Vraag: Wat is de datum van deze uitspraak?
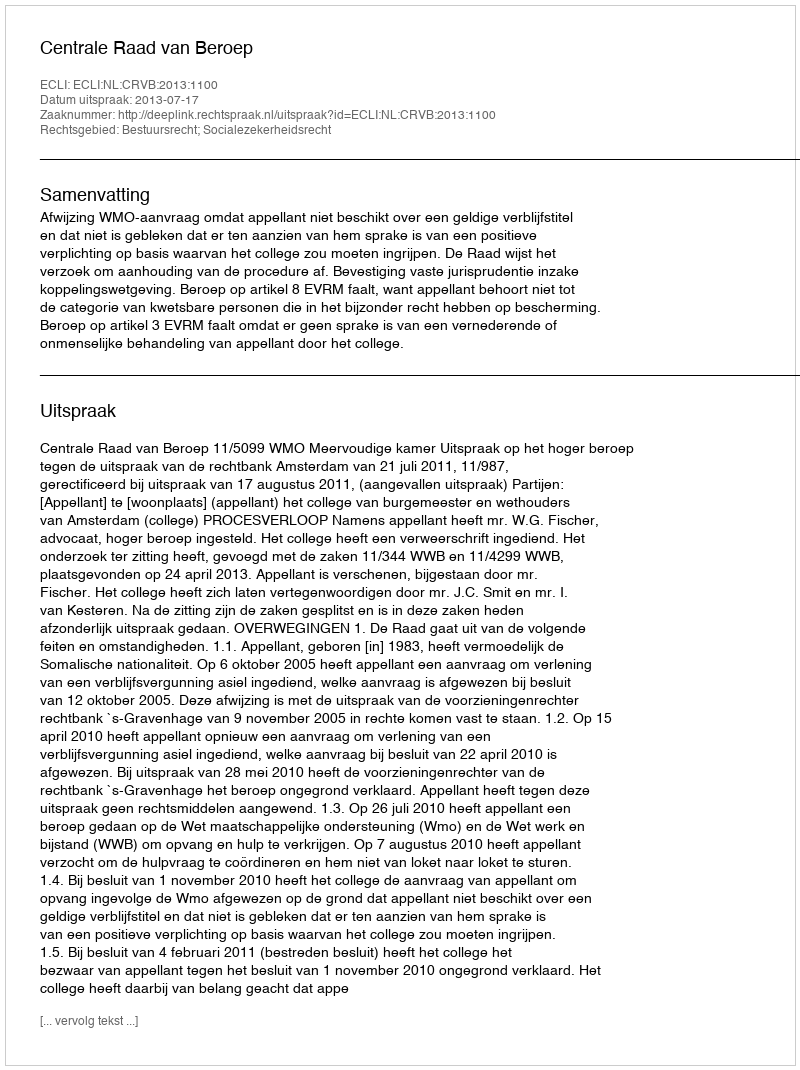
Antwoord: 2013-07-17